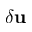
{ \delta \bf u }